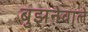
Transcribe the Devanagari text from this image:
बुझनेवाले